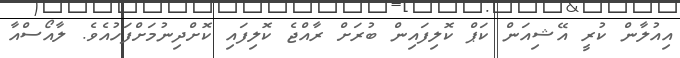
އިއުލާން ކުރީ އޭޝިއަން ކަޕް ކޮލިފައިން ބުރަށް ރާއްޖެ ކޮލިފައި ކޮށްދިނުމަށްފަހުއެވެ. ލާއޯސްއާ